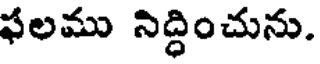
ఫలము నిద్ధించును.